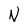
Character: N